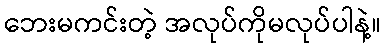
ဘေးမကင်းတဲ့ အလုပ်ကိုမလုပ်ပါနဲ့။